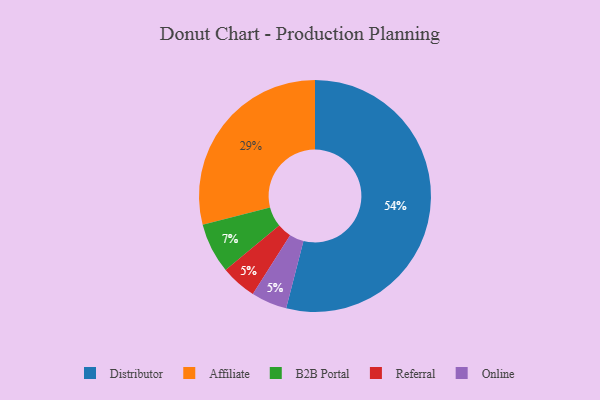
{"axis": {"x": "Category", "y": "Percentage"}, "legend": ["Affiliate", "B2B Portal", "Distributor", "Online", "Referral"], "data": [{"x": "B2B Portal", "y": 7, "type": "B2B Portal"}, {"x": "Affiliate", "y": 29, "type": "Affiliate"}, {"x": "Distributor", "y": 54, "type": "Distributor"}, {"x": "Referral", "y": 5, "type": "Referral"}, {"x": "Online", "y": 5, "type": "Online"}]}